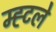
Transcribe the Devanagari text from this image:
म्ह्टले